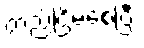
တည်ငြိမ်စေပြီး